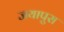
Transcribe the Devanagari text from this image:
जयापुरा